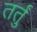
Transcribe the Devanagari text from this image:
तर्तुं